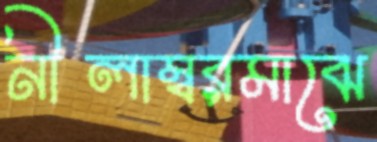
নীলাম্বরমাঝে